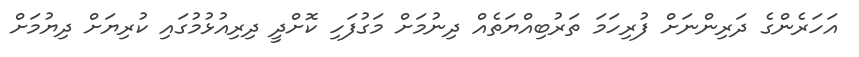
އަހަރެންގެ ދަރިންނަށް ފުރިހަމަ ތަރުބިއްޔަތެއް ދިނުމަށް މަގުފަހި ކޮށްދީ ދިރިއުޅުމުގައި ކުރިޔަށް ދިޔުމަށް